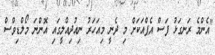
"އެންމެ ރަނގަޅު ފަސް އެޕްއަކަށް މި ދެނީ މިއަހަރު ނިއުދިއްލީގައި އޮންނަ މޯލްޑިވްސް